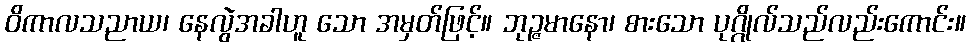
ဝိကာလသညာယ၊ နေလွဲအခါဟူ သော အမှတ်ဖြင့်။ ဘုဉ္ဇမာနော၊ စားသော ပုဂ္ဂိုလ်သည်လည်းကောင်း။